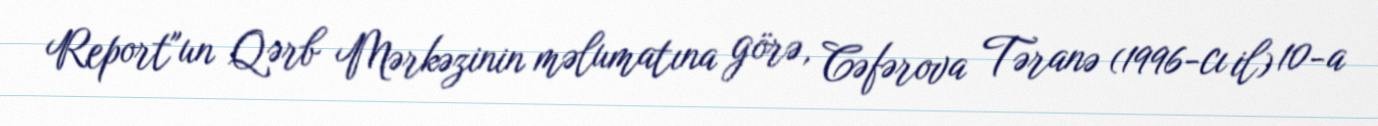
Report"un Qərb Mərkəzinin məlumatına görə, Cəfərova Təranə (1996-cı il) 10-a